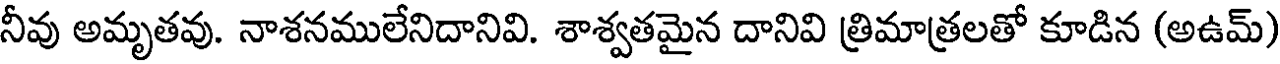
నీవు అమృతవు. నాశనములేనిదానివి. శాశ్వతమైన దానివి త్రిమాత్రలతో కూడిన (అఉమ్)